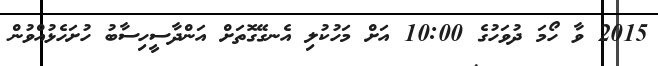
2015 ވާ ހޯމަ ދުވަހުގެ 10:00 އަށް މަހުކުލި އެނގޭގޮތަށް އަންދާސީހިސާބު ހުށަހެޅުއްވުން